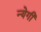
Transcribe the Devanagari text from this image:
न्येगी